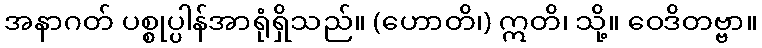
အနာဂတ် ပစ္စုပ္ပါန်အာရုံရှိသည်။ (ဟောတိ၊) ဣတိ၊ သို့။ ဝေဒိတဗ္ဗာ။